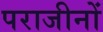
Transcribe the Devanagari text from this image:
पराजीनों